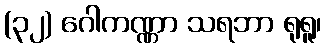
(၃၂) ဂေါကဏ္ဏာ သရဘာ ရုရူ၊